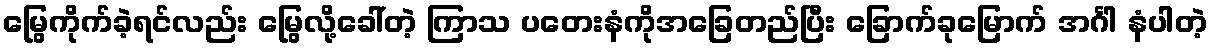
မြွေကိုက်ခဲ့ရင်လည်း မြွေလို့ခေါ်တဲ့ ကြာသ ပတေးနံကိုအခြေတည်ပြီး ခြောက်ခုမြောက် အင်္ဂါ နံပါတဲ့